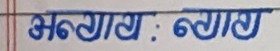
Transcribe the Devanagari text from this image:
अनगायत : ब्यागत